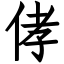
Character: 侾